Annual report on the lock hospitals of the Madras Presidency
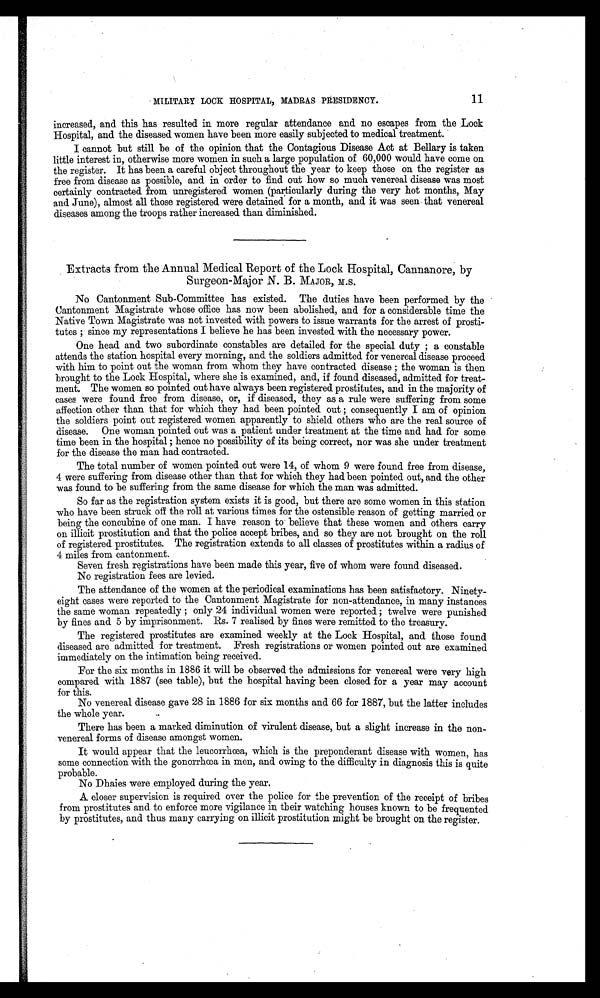
11
MILITARY LOCK HOSPITAL, MADRAS PRESIDENCY.
increased, and this has resulted in more regular attendance and no escapes from the Lock
Hospital, and the diseased women have been more easily subjected to medical treatment.
I cannot but still be of the opinion that the Contagious Disease Act at Bellary is taken
little interest in, otherwise more women in such a large population of 60,000 would have come on
the register. It has been a careful object throughout the year to keep those on the register as
free from disease as possible, and in order to find out how so much venereal disease was most
certainly contracted from unregistered women (particularly during the very hot months, May
and June), almost all those registered were detained for a month, and it was seen that venereal
diseases among the troops rather increased than diminished.
Extracts from the Annual Medical Report of the Lock Hospital, Cannanore, by
Surgeon-Major N. B. MAJOR, M.S.
No Cantonment Sub-Committee has existed. The duties have been performed by the
Cantonment Magistrate whose office has now been abolished, and for a considerable time the
Native Town Magistrate was not invested with powers to issue warrants for the arrest of prosti-
tutes ; since my representations I believe he has been invested with the necessary power.
One head and two subordinate constables are detailed for the special duty; a constable
attends the station hospital every morning, and the soldiers admitted for venereal disease proceed
with him to point out the woman from whom they have contracted disease ; the woman is then
brought to the Lock Hospital, where she is examined, and, if found diseased, admitted for treat-
ment. The women so pointed out have always been registered prostitutes, and in the majority of
cases were found free from disease, or, if diseased, they as a rule were suffering from some
affection other than that for which they had been pointed out ; consequently I am of opinion
the soldiers point out registered women apparently to shield others who are the real source of
disease. One woman pointed out was a patient under treatment at the time and had for some
time been in the hospital ; hence no possibility of its being correct, nor was she under treatment
for the disease the man had contracted.
The total number of women pointed out were 14, of whom 9 were found free from disease,
4 were suffering from disease other than that for which they had been pointed out, and the other
was found to be suffering from the same disease for which the man was admitted.
So far as the registration system exists it is good, but there are some women in this station
who have been struck off the roll at various times for the ostensible reason of getting married or
being the concubine of one man. I have reason to believe that these women and others carry
on illicit prostitution and that the police accept bribes, and so they are not brought on the roll
of registered prostitutes. The registration extends to all classes of prostitutes within a radius of
4 miles from cantonment.
Seven fresh registrations have been made this year, five of whom were found diseased.
No registration fees are levied.
The attendance of the women at the periodical examinations has been satisfactory. Ninety-
eight eases were reported to the Cantonment Magistrate for non-attendance, in many instances
the same woman repeatedly ; only 24 individual women were reported ; twelve were punished
by fines and 5 by imprisonment. Rs. 7 realised by fines were remitted to the treasury.
The registered prostitutes are examined weekly at the Lock Hospital, and those found
diseased are admitted for treatment. Fresh registrations or women pointed out are examined
immediately on the intimation being received.
For the six months in 1886 it will be observed the admissions for venereal were very high
compared with 1887 (see table), but the hospital having been closed for a year may account
for this.
No venereal disease gave 28 in 1886 for six months and 66 for 1887, but the latter includes
the whole year.
There has been a marked diminution of virulent disease, but a slight increase in the non-
venereal forms of disease amongst women.
It would appear that the leucorrhœa, which is the preponderant disease with women, has
some connection with the gonorrhœa in men, and owing to the difficulty in diagnosis this is quite
probable.
No Dhaies were employed during the year.
A closer supervision is required over the police for the prevention of the receipt of bribes
from prostitutes and to enforce more vigilance in their watching houses known to be frequented
by prostitutes, and thus many carrying on illicit prostitution might be brought on the register.